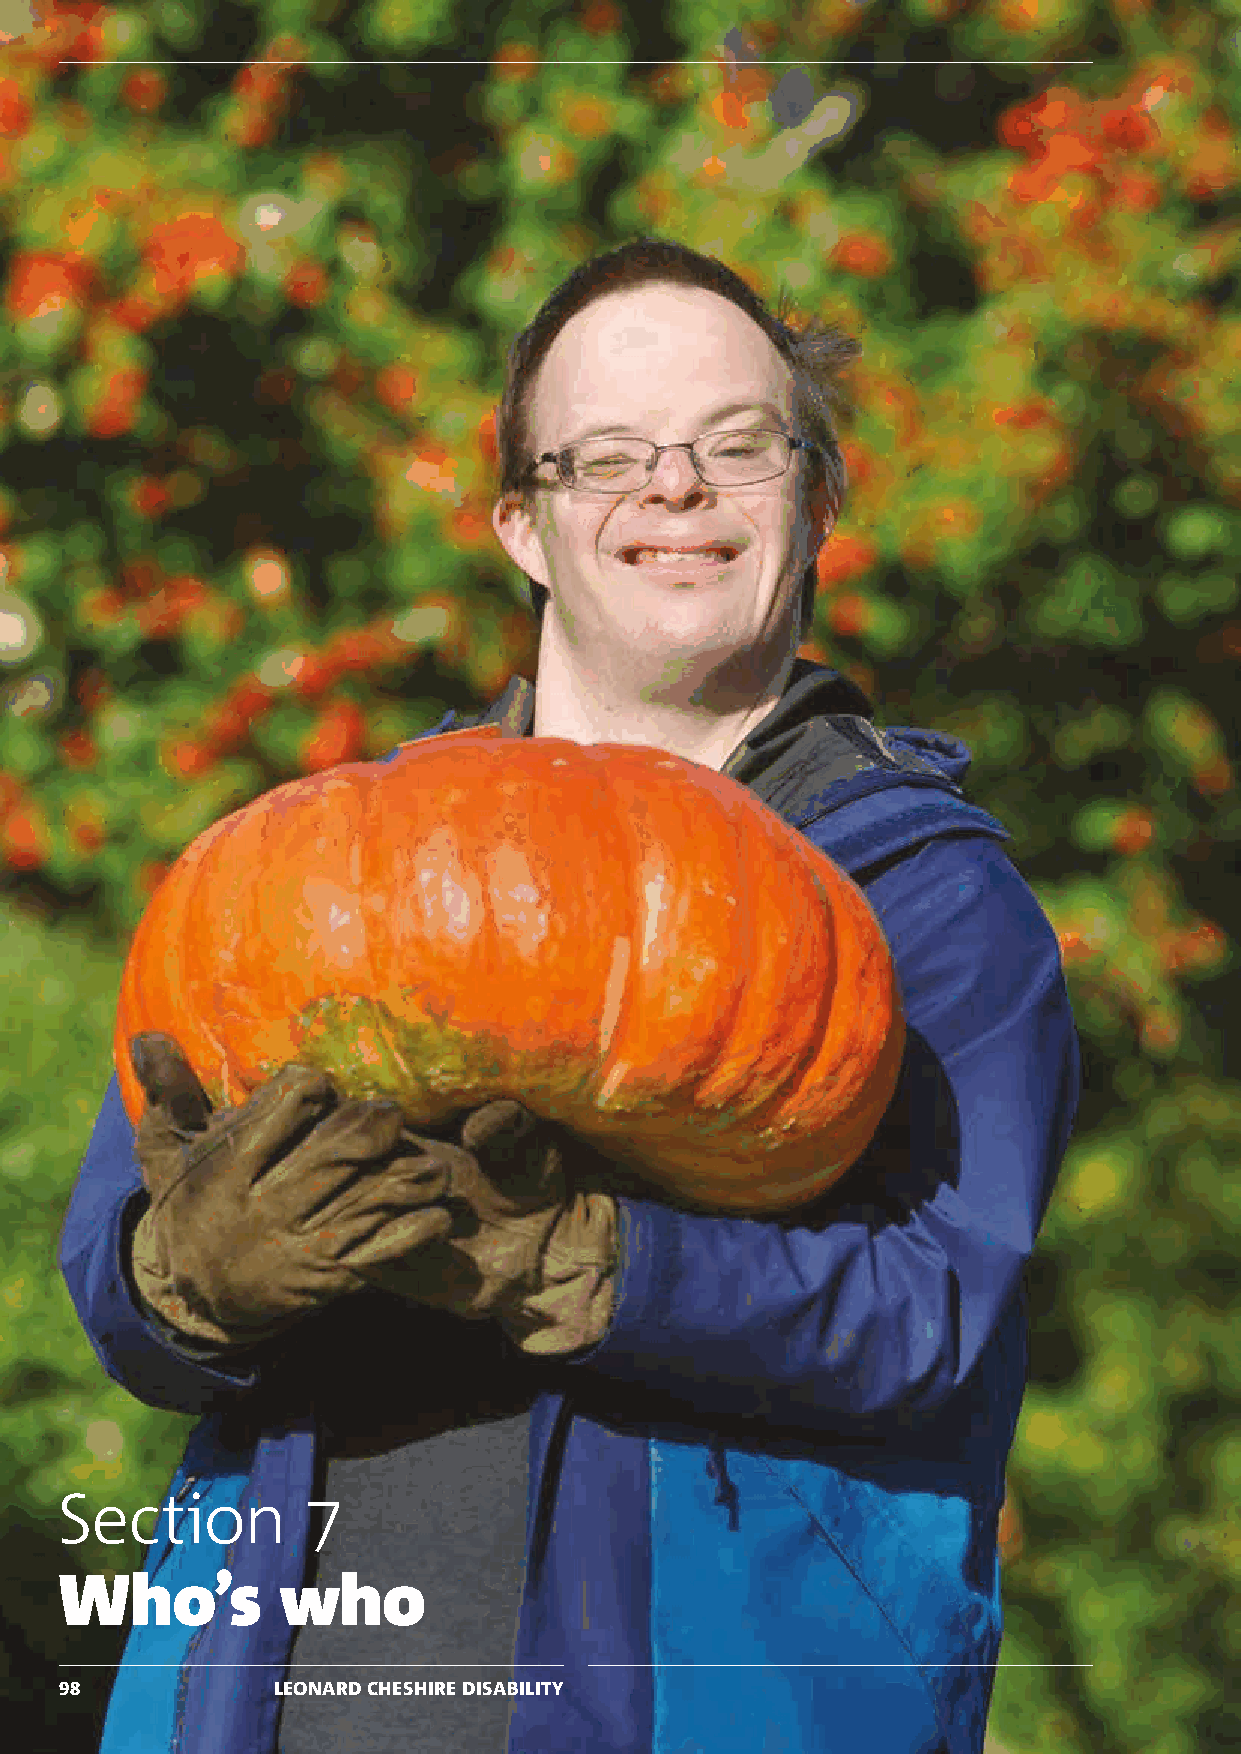
SECTION 0: SECTION HEADING SECTION SUB HEADING
 Section         7
 Who’s         who
 9988          LLEEOONNAARRDD CCHHEESSHHIIRREE DDIISSAABBIILLIITTYY